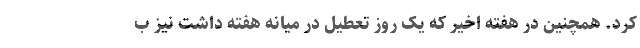
کرد. همچنین در هفته اخیر که یک روز تعطیل در میانه هفته داشت نیز ب